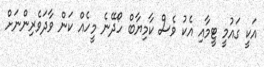
އަކީ ގައުމީ ޓީމާއި އެކު ވެސް ކާމިޔާބް ހޯދޭނެ މީހެއް ކަން ވާދަވެރިންނަށް